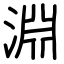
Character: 淵